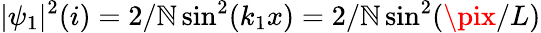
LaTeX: |\psi_{1}|^{2}(i)=2/\mathbb{N}\sin^{2}(k_{1}x)=2/\mathbb{N}\sin^{2}(\pix/L)